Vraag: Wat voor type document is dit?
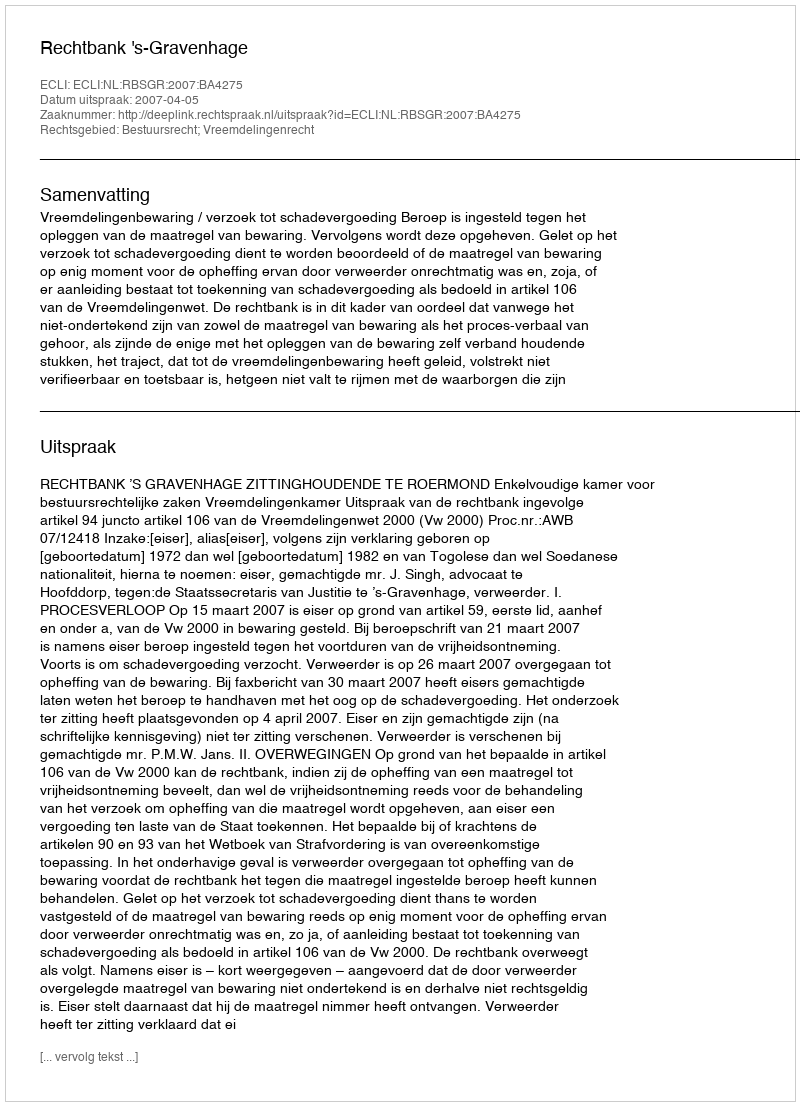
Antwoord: Uitspraak